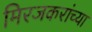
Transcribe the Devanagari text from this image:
मिरजकरांच्या